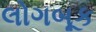
લોગબૂક